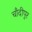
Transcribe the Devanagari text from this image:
चाँदीपुर